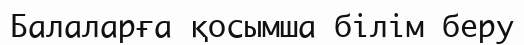
Балаларға қосымша білім беру